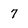
Character: 7